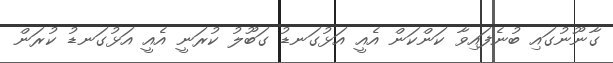
ގާނޫނުގައި ބުނެފައިވާ ކަންކަން އެއީ އަޅުގަނޑު ގަބޫލު ކުރަނީ އެއީ އަޅުގަނޑު ކުރަން